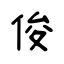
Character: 俊